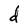
Character: d